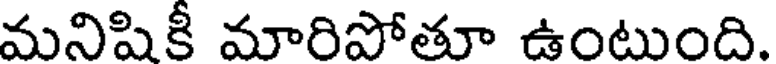
మనిషికీ మారిపోతూ ఉంటుంది.